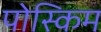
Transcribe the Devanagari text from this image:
पोस्किम